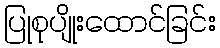
ပြုစုပျိုးထောင်ခြင်း